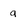
Character: g